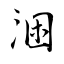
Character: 涃